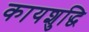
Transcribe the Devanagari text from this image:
कायशुद्धि